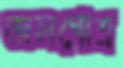
জলগোত্র